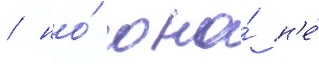
/ но́ она́ н'е́